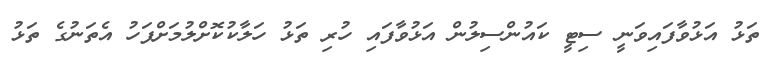
ތަޅު އަޅުވާފައިވަނީ ސިޓީ ކައުންސިލުން އަޅުވާފައި ހުރި ތަޅު ހަލާކުކޮށްލުމަށްފަހު އެތަނުގެ ތަޅު